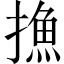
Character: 𢳶